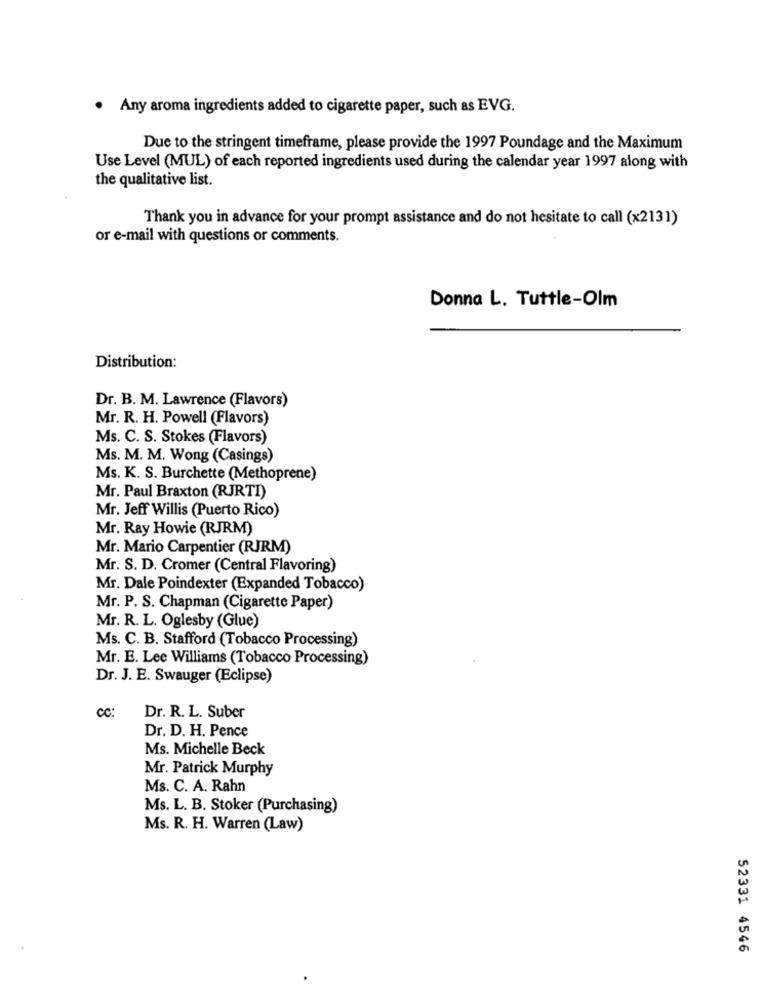
· Any aroma ingredients added to cigarette paper, such as EVG.
Due to the stringent timeframe, please provide the 1997 Poundage and the Maximum
Use Level (MUL) of each reported ingredients used during the calendar year 1997 along with
the qualitative list.
Thank you in advance for your prompt assistance and do not hesitate to call (x2131)
or e-mail with questions or comments.
Donna L. Tuttle-Olm
Distribution:
Dr. B. M. Lawrence (Flavors)
Mr. R. H. Powell (Flavors)
Ms. C. S. Stokes (Flavors)
Ms. M. M. Wong (Casings)
Ms. K. S. Burchette (Methoprene)
Mr. Paul Braxton (RJRTI)
Mr. Jeff Willis (Puerto Rico)
Mr. Ray Howie (RJRM)
Mr. Mario Carpentier (RJRM)
Mr. S. D. Cromer (Central Flavoring)
Mr. Dale Poindexter (Expanded Tobacco)
Mr. P. S. Chapman (Cigarette Paper)
Mr. R. L. Oglesby (Glue)
Ms. C. B. Stafford (Tobacco Processing)
Mr. E. Lee Williams (Tobacco Processing)
Dr. J. E. Swauger (Eclipse)
cc:
Dr. R. L. Suber
Dr. D. H. Pence
Ms. Michelle Beck
Mr. Patrick Murphy
Ms. C. A. Rahn
Ms. L. B. Stoker (Purchasing)
Ms. R. H. Warren (Law)
52331 4546